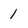
Character: 1